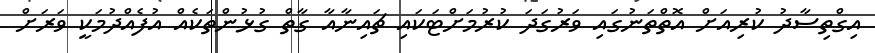
އިގްތިސާދު ކުރިއަށް އޮތްތަނުގައި ވަރުގަދަ ކުރުމަށްޓަކައި ޗައިނާއާ ގާތް ގުޅުންތަކެއް އުފެއްދުމަކީ ވަރަށް